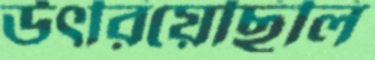
উৎরিয়েছিলি